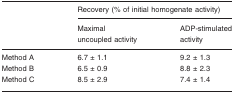
|  | <COLSPAN=2> Recovery (% of initial homogenate activity) |
 | Maximal uncoupled activity | ADP-stimulated activity |
 | --- | --- | --- |
 | Method A | 6.7 ± 1.1 | 9.2 ± 1.3 |
 | Method B | 6.5 ± 0.9 | 8.8 ± 2.3 |
 | Method C | 8.5 ± 2.9 | 7.4 ± 1.4 |